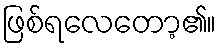
ဖြစ်ရလေတော့၏။